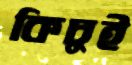
কিচুই